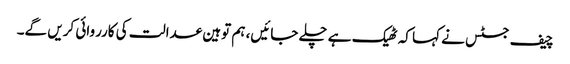
چیف جسٹس نے کہا کہ ٹھیک ہے چلے جائیں، ہم توہین عدالت کی کارروائی کریں گے۔